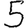
Digit: 5